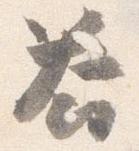
答